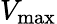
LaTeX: V_{\mathrm{max}}